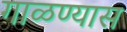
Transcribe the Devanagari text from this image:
गाळण्यास